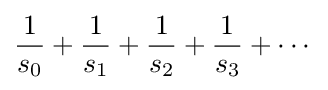
{\frac {1}{s_{0}}}+{\frac {1}{s_{1}}}+{\frac {1}{s_{2}}}+{\frac {1}{s_{3}}}+\cdots